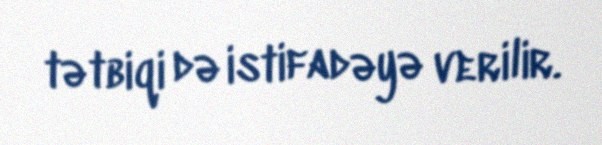
tətbiqi də istifadəyə verilir.